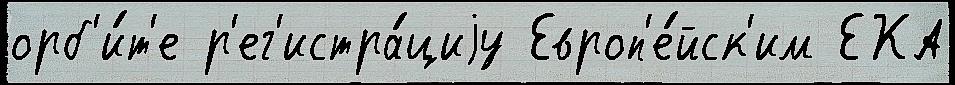
орб'и́т'е р'ег'истра́циjу Европ'е́йск'им ЕКА